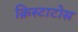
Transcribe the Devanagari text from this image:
क्रिस्टाटोस